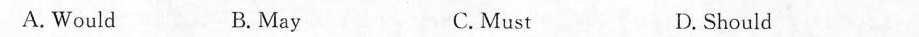
A. Would B. May C.Must D. Should